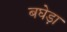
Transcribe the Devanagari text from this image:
बघेड़ा